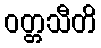
ဝတ္တသီတိ